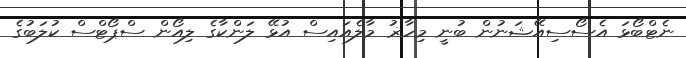
ނެޓްބޯޅަ އެސޯސިއޭޝަނުން ބުނީ މިހާޜު މާލެއައިސް އުޅޭ ލަންކާގެ ލިއޯން ސްޕޯޓްސް ކުލަބުގެ